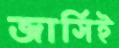
জার্সিই